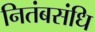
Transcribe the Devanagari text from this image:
नितंबसंधि